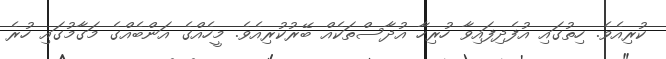
ކުރިއެވެ. ހިތުގައި އުފެދިފައިވާ ހުރިހާ އުދާސްތަކެއް ބޭރުކުރިއެވެ. މީހެއްގެ އަންބެއްގެ މަގާމުގައި ހުރެ